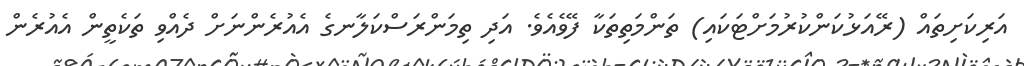
އަރިކަށިތައް (ރޭއަޅުކަންކުރުމަށްޓަކައި) ތަންމަތިތަކާ ފޭވެއެވެ. އަދި ތިމަންރަސްކަލާނގެ އެއުރެންނަށް ދެއްވި ތަކެތީން އެއުރެން